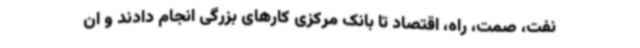
نفت، صمت، راه، اقتصاد تا بانک مرکزی کارهای بزرگی انجام دادند و ان